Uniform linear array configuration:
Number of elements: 16
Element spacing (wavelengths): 0.75
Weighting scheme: binomial
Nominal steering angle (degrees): -30
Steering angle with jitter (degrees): -30.376
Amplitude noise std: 0.05
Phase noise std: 0.05

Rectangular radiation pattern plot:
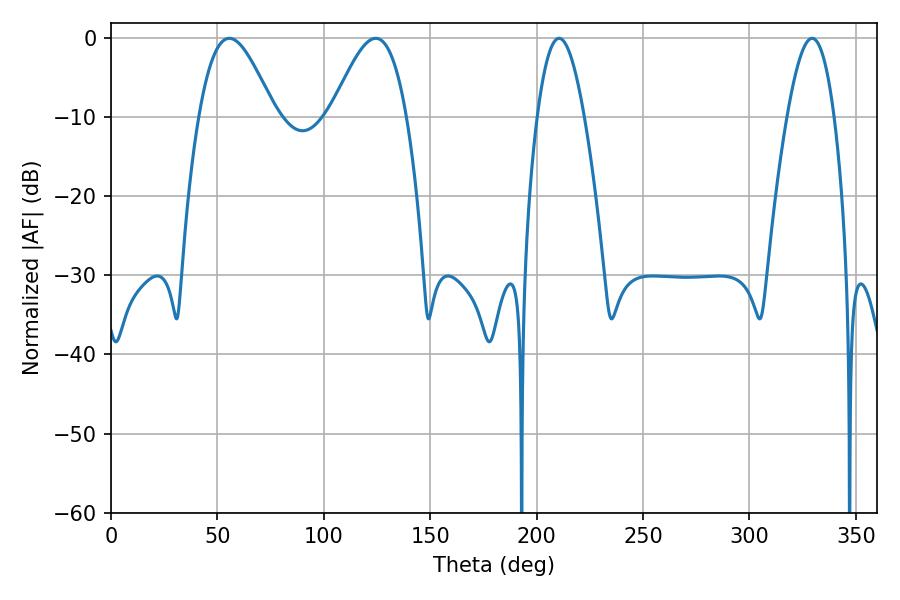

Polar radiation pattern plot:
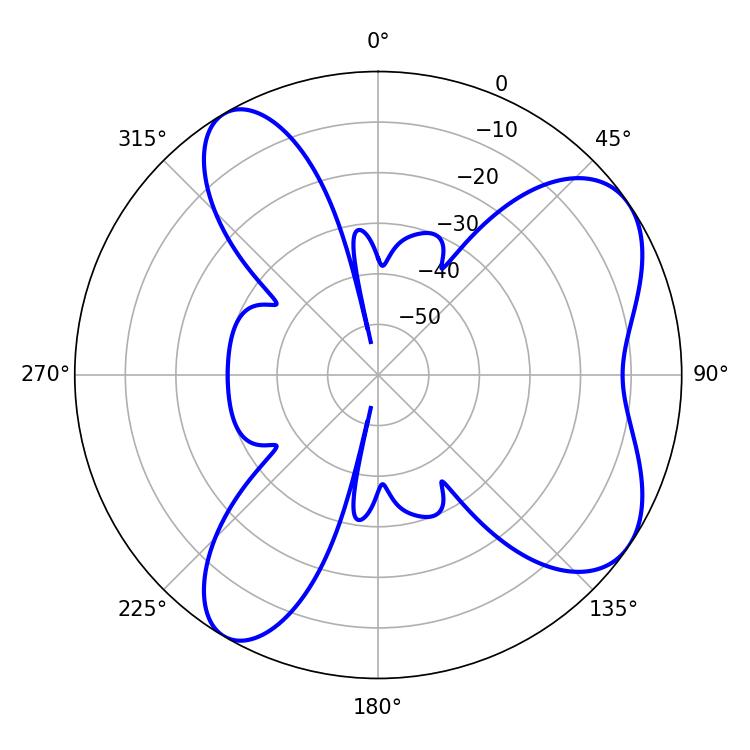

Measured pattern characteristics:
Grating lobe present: TRUE
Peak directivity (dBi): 6.976
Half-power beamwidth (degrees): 18.9
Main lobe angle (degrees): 124.38